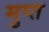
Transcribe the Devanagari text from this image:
मुप्त